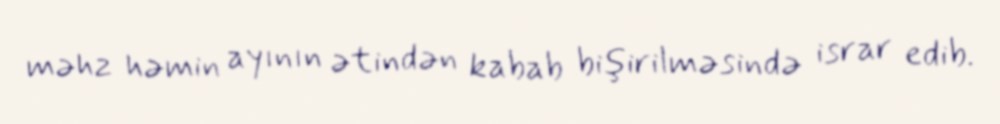
məhz həmin ayının ətindən kabab bişirilməsində israr edib.